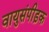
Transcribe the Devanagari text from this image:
वायुसंपीड़क